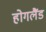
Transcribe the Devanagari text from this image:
होगलैंड